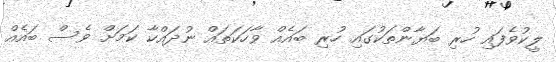
ލީކުވެފައި ހުރި ބަޔާންތަކުގައި ހުރި ބައެއް ވާހަކަތައް ނުދައްކާ ކަމަށް ވެސް ބައެއް